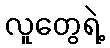
လူတွေရဲ့